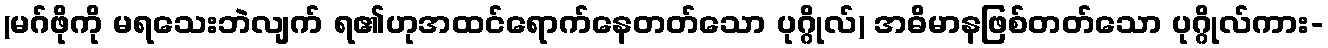
(မဂ်ဖိုကို မရသေးဘဲလျက် ရ၏ဟုအထင်ရောက်နေတတ်သော ပုဂ္ဂိုလ်) အဓိမာနဖြစ်တတ်သော ပုဂ္ဂိုလ်ကား-